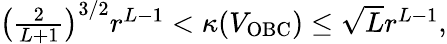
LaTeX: \begin{array}{r}{\left(\frac{2}{L+1}\right)^{3/2}r^{L-1}<\kappa(V_{\mathrm{OBC}})\leq\sqrt{L}r^{L-1},}\end{array}